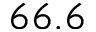
6 6 . 6